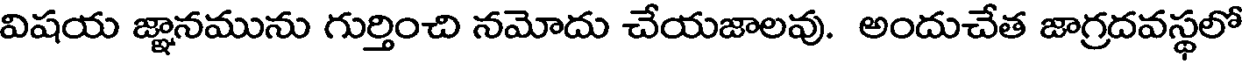
విషయ జ్ఞానమును గుర్తించి నమోదు చేయజాలవు. అందుచేత జాగ్రదవస్థలో